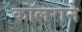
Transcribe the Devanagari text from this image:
कॉलराने